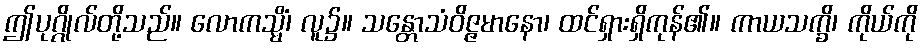
ဤပုဂ္ဂိုလ်တို့သည်။ လောကသ္မိံ၊ လူ၌။ သန္တောသံဝိဇ္ဇမာနော၊ ထင်ရှားရှိကုန်၏။ ကာယသက္ခိ၊ ကိုယ်ကို